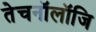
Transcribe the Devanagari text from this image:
तेचनॉलॉजि